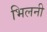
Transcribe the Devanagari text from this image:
भिलनी